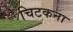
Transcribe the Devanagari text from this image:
चिटकना